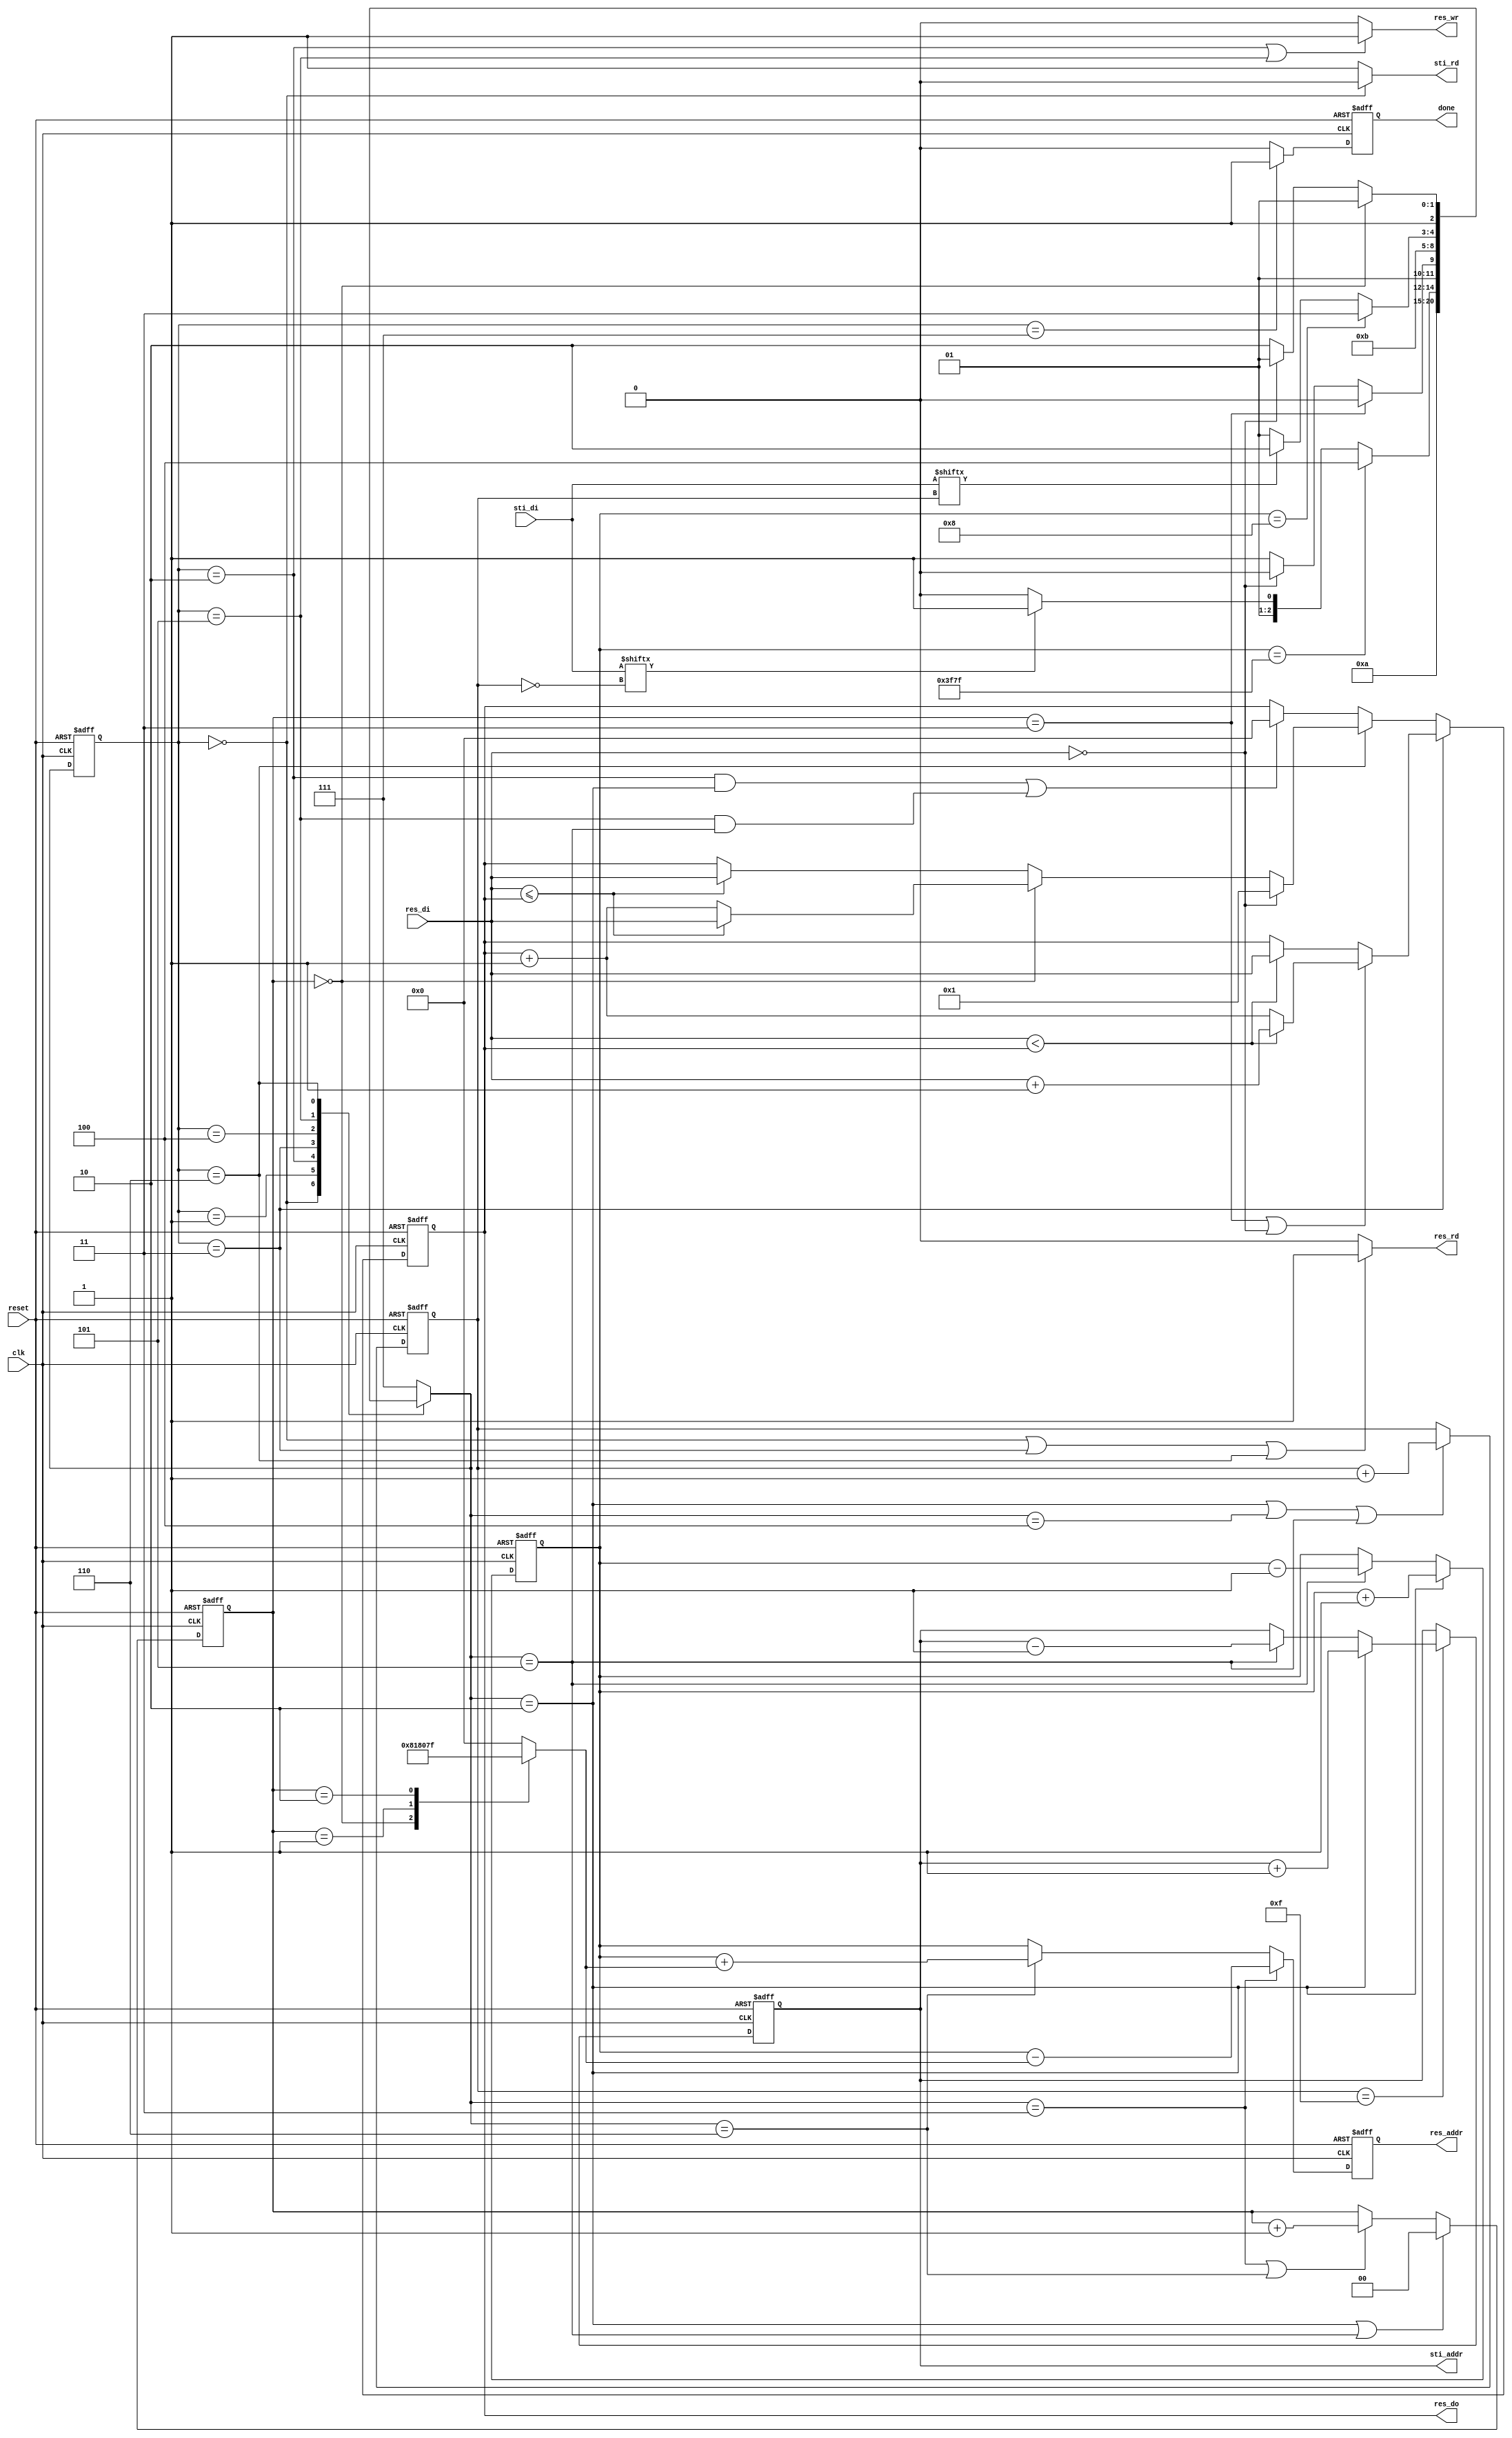
module DT(
	input 			clk, 
	input			reset,
	output	reg		done ,
	output	reg		sti_rd ,
	output	reg 	[9:0]	sti_addr ,
	input		[15:0]	sti_di,
	output	reg		res_wr ,
	output	reg		res_rd ,
	output	reg 	[13:0]	res_addr ,
	output	reg 	[7:0]	res_do,
	input		[7:0]	res_di
	);
///////////////////////////////////////////////////
reg [3:0] counter_sti_index;
reg [13:0] counter_res;
reg [7:0] addr_point;
reg [1:0] counter_load;


//reg fwpass_finish;

///////////////////////////////////////////////////
///////////////////////////////////////////////////
reg [2:0] cur_st, nxt_st;

parameter IDLE = 3'd0,
			READY = 3'd1,
			CHECK_FWP = 3'd2,
			LOAD_FWP = 3'd3,
			FWPASS_FINISH = 3'd4,
			CHECK_BCP = 3'd5,
			LOAD_BCP = 3'd6,
			DONE = 3'd7;
			
			
			
always@(posedge clk or negedge reset)
if(~reset)
	cur_st <= IDLE;
else
	cur_st <= nxt_st;
	
always@(*)
begin
case(cur_st)
	IDLE : nxt_st = READY;
	READY : nxt_st = CHECK_FWP;
	CHECK_FWP : nxt_st = (counter_res==14'd16255)? FWPASS_FINISH : (sti_di[~counter_sti_index])? LOAD_FWP : CHECK_FWP;
	LOAD_FWP : nxt_st = (counter_load==2'd3)? CHECK_FWP : (res_di==0)? CHECK_FWP : LOAD_FWP;
	FWPASS_FINISH : nxt_st = CHECK_BCP;
	CHECK_BCP : nxt_st = (counter_res==14'd8)? DONE : (sti_di[counter_sti_index])? LOAD_BCP : CHECK_BCP;
	LOAD_BCP : nxt_st = (counter_load==2'd0)? CHECK_BCP : (res_di==0)? CHECK_BCP : LOAD_BCP;
	default : nxt_st = DONE;
endcase
end
//////////////////////////////////////////////////
always@(*)
if(cur_st==IDLE)
	sti_rd = 0;
else
	sti_rd = 1;

always@(posedge clk or negedge reset)
if(~reset)
	sti_addr <= 10'd8;
else if(counter_sti_index==4'd15)
	begin
	if(nxt_st==CHECK_FWP)
		sti_addr <= sti_addr + 1;
	else if(nxt_st==CHECK_BCP)
		sti_addr <= sti_addr - 1;
	end
//

always@(posedge clk or negedge reset)
if(~reset)
	counter_sti_index <= 4'd0;
else if((nxt_st==CHECK_FWP)||(nxt_st==FWPASS_FINISH)||(nxt_st==CHECK_BCP))
	counter_sti_index <= counter_sti_index + 1;

	
always@(posedge clk or negedge reset)
if(~reset)
	counter_res <= 14'd128;
else if(nxt_st==CHECK_FWP)
	counter_res <= counter_res + 1;
else if(nxt_st==CHECK_BCP)
	counter_res <= counter_res - 1;

always@(*)
if(cur_st==IDLE || cur_st==LOAD_FWP || cur_st==LOAD_BCP)
	res_rd = 1;
else
	res_rd = 0;

always@(*)
if(cur_st==CHECK_FWP || cur_st==CHECK_BCP)
	res_wr = 1;
else
	res_wr = 0;


always@(posedge clk or negedge reset)
if(~reset)
	res_addr <= 0;
else if(nxt_st==LOAD_FWP)
	res_addr <= counter_res - addr_point;
else if(nxt_st==LOAD_BCP)
	res_addr <= counter_res + addr_point;
else
	res_addr <= counter_res;

/*always@(*)
	res_addr = counter_res - addr_point;
*/
always@(*)
begin
case(counter_load)
	2'd0 : addr_point = 8'd129;
	2'd1 : addr_point = 8'd128;
	2'd2 : addr_point = 8'd127;
default : addr_point = 8'd0;
endcase
end	

always@(posedge clk or negedge reset)
if(~reset)
	counter_load <= 0;
else if(nxt_st==CHECK_FWP || nxt_st==CHECK_BCP)
	counter_load <= 0;
else if(nxt_st==LOAD_FWP || nxt_st==LOAD_BCP)
	counter_load <= counter_load+1;

	
always@(posedge clk or negedge reset)
if(~reset)
	res_do <= 0;
else if(cur_st==LOAD_FWP)
begin
	if(counter_load==2'd3 || res_di==0)begin
		if(res_di<res_do)
			res_do <= res_di+1;
		else
			res_do <= res_do+1;
	end
	else if(res_di<res_do)
	res_do <= res_di;
	
end
else if(cur_st==LOAD_BCP)
begin
	if(res_di==0)
	res_do <= 1;
	else if(counter_load==2'd0)begin
		if(res_di<=res_do)
			res_do <= res_di;
		else
			res_do <= res_do+1;
	end
	else if(res_di<=res_do)
	res_do <= res_di;
	
end
else if((cur_st==CHECK_FWP && nxt_st==CHECK_FWP) || (cur_st==CHECK_BCP && nxt_st==CHECK_BCP))
	res_do <= 0;
	

/*always@(posedge clk or negedge reset)
if(~reset)
	fwpass_finish <= 0;
else if(cur_st==FWPASS_FINISH)
	fwpass_finish <= 1;
else
	fwpass_finish <= 0;
*/	
always@(posedge clk or negedge reset)
if(~reset)
	done <= 0;
else if(cur_st==DONE)
	done <= 1;
else
	done <= 0;
	
endmodule